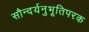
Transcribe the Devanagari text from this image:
सौन्दर्यनुभूतिपरक